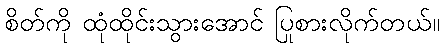
စိတ်ကို ထုံထိုင်းသွားအောင် ပြုစားလိုက်တယ်။